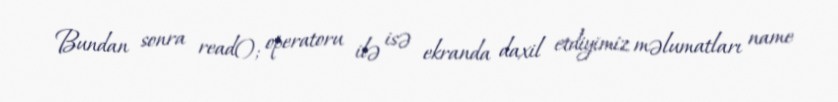
Bundan sonra read(); operatoru ilə isə ekranda daxil etdiyimiz məlumatları name